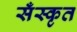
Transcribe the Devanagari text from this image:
सँस्कृत